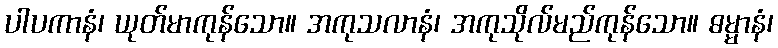
ပါပကာနံ၊ ယုတ်မာကုန်သော။ အကုသလာနံ၊ အကုသိုလ်မည်ကုန်သော။ ဓမ္မာနံ၊